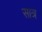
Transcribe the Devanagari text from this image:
सात्र